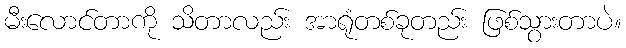
မီးလောင်တာကို သိတာလည်း အာရုံတစ်ခုတည်း ဖြစ်သွားတာပဲ။